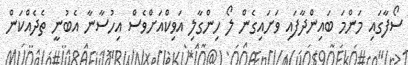
ސޯފާގައި މަންމަ ބައިންދާފައި ވަށައިގެން ލޯ ހިންގާލި އަވިކްއަށްވެސް އިހުސާނާ އެބުނީ ތެދެއްކަން